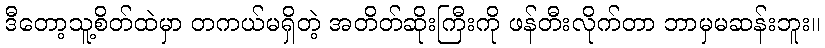
ဒီတော့သူ့စိတ်ထဲမှာ တကယ်မရှိတဲ့ အတိတ်ဆိုးကြီးကို ဖန်တီးလိုက်တာ ဘာမှမဆန်းဘူး။